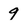
Character: 9